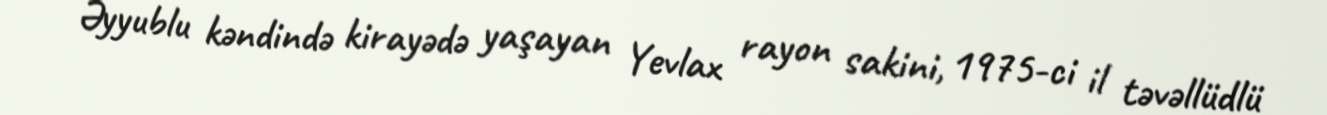
Əyyublu kəndində kirayədə yaşayan Yevlax rayon sakini, 1975-ci il təvəllüdlü